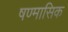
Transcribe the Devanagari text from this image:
षण्मासिक